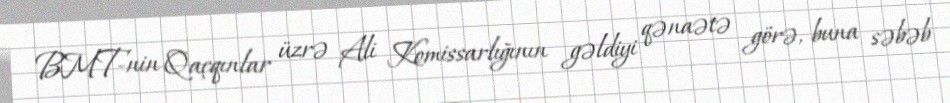
BMT-nin Qaçqınlar üzrə Ali Komissarlığının gəldiyi qənaətə görə, buna səbəb